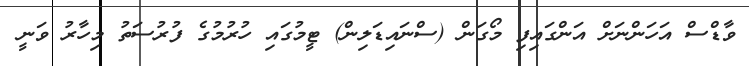
ވާޑްސް އަހަންނަށް އަންގައިފި މޯގަން (ސްނައިޑަލިން) ޓީމުގައި ހުރުމުގެ ފުރުސަތު މިހާރު ވަނީ